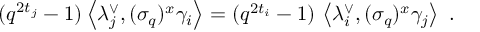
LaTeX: ( q ^ { 2 t _ { j } } - 1 ) \left\langle \lambda _ { j } ^ { \vee } , ( \sigma _ { q } ) ^ { x } \gamma _ { i } \right\rangle = ( q ^ { 2 t _ { i } } - 1 ) \, \left\langle \lambda _ { i } ^ { \vee } , ( \sigma _ { q } ) ^ { x } \gamma _ { j } \right\rangle \, \, .